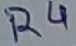
Text: R4